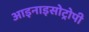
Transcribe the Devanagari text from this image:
आइनाइसोट्रोपी